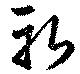
斬